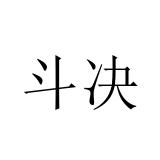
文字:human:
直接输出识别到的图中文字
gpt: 斗决